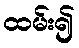
ထမ်း၍